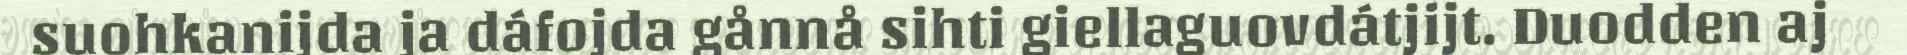
suohkanijda ja dáfojda gånnå sihti giellaguovdátjijt. Duodden aj